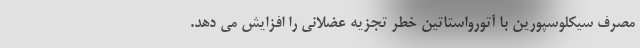
مصرف سیکلوسپورین با آتورواستاتین خطر تجزیه عضلانی را افزایش می دهد.